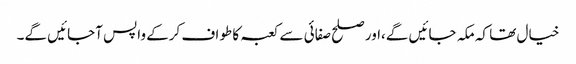
خیال تھا کہ مکہ جائیں گے،اور صلح صفائی سے کعبہ کا طواف کرکے واپس آجائیں گے۔